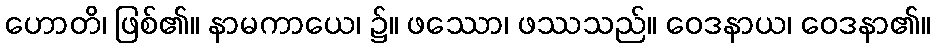
ဟောတိ၊ ဖြစ်၏။ နာမကာယေ၊ ၌။ ဖဿော၊ ဖဿသည်။ ဝေဒနာယ၊ ဝေဒနာ၏။